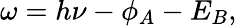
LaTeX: \omega=h\nu-\phi_{A}-E_{B},